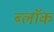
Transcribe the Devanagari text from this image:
ब्लाॅक